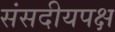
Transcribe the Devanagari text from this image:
संसदीयपक्ष